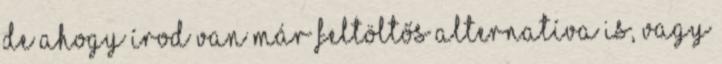
De ahogy írod van már feltöltős alternatíva is, vagy